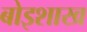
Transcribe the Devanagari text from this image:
बोइशाख